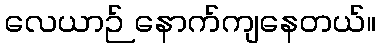
လေယာဉ် နောက်ကျနေတယ်။